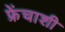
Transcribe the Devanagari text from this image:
फ्रेंचाशी